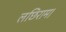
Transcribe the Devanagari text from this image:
लछिराम।